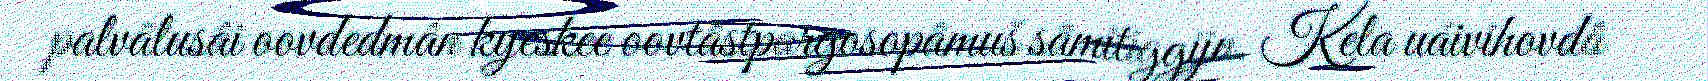
palvâlusâi oovdedmân kyeskee oovtâstpargosopâmuš sämitiggijn. Kela uáivihovdâ